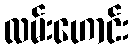
လမ်းဟောင်း